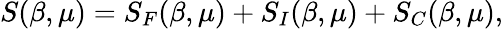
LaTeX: S(\beta,\mu)=S_{F}(\beta,\mu)+S_{I}(\beta,\mu)+S_{C}(\beta,\mu),